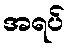
အရပ်